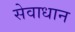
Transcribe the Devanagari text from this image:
सेवाधान